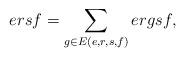
LaTeX: \begin{align*} ersf=\sum_{g\in E(e,r,s,f)}ergsf,\end{align*}